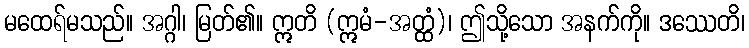
မထေရ်မသည်။ အဂ္ဂါ၊ မြတ်၏။ ဣတိ (ဣမံ-အတ္ထံ)၊ ဤသို့သော အနက်ကို။ ဒဿေတိ၊